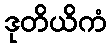
ဒုတိယိကံ